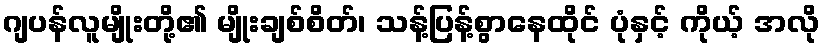
ဂျပန်လူမျိုးတို့၏ မျိုးချစ်စိတ်၊ သန့်ပြန့်စွာနေထိုင် ပုံနှင့် ကိုယ့် အလို